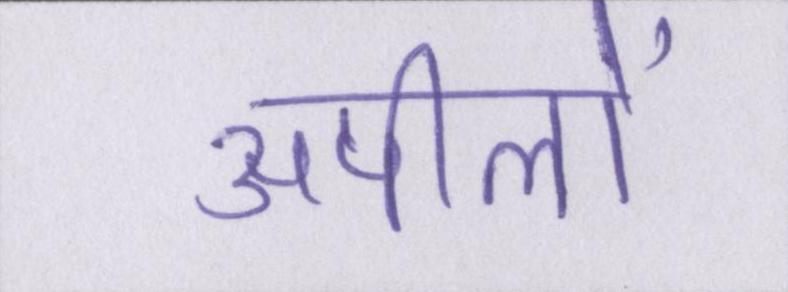
अपीलों